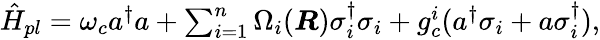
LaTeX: \begin{array}{r}{\hat{H}_{pl}=\omega_{c}a^{\dagger}a+\sum_{i=1}^{n}\Omega_{i}(\boldsymbol{R})\sigma_{i}^{\dagger}\sigma_{i}+g_{c}^{i}(a^{\dagger}\sigma_{i}+a\sigma_{i}^{\dagger}),}\end{array}